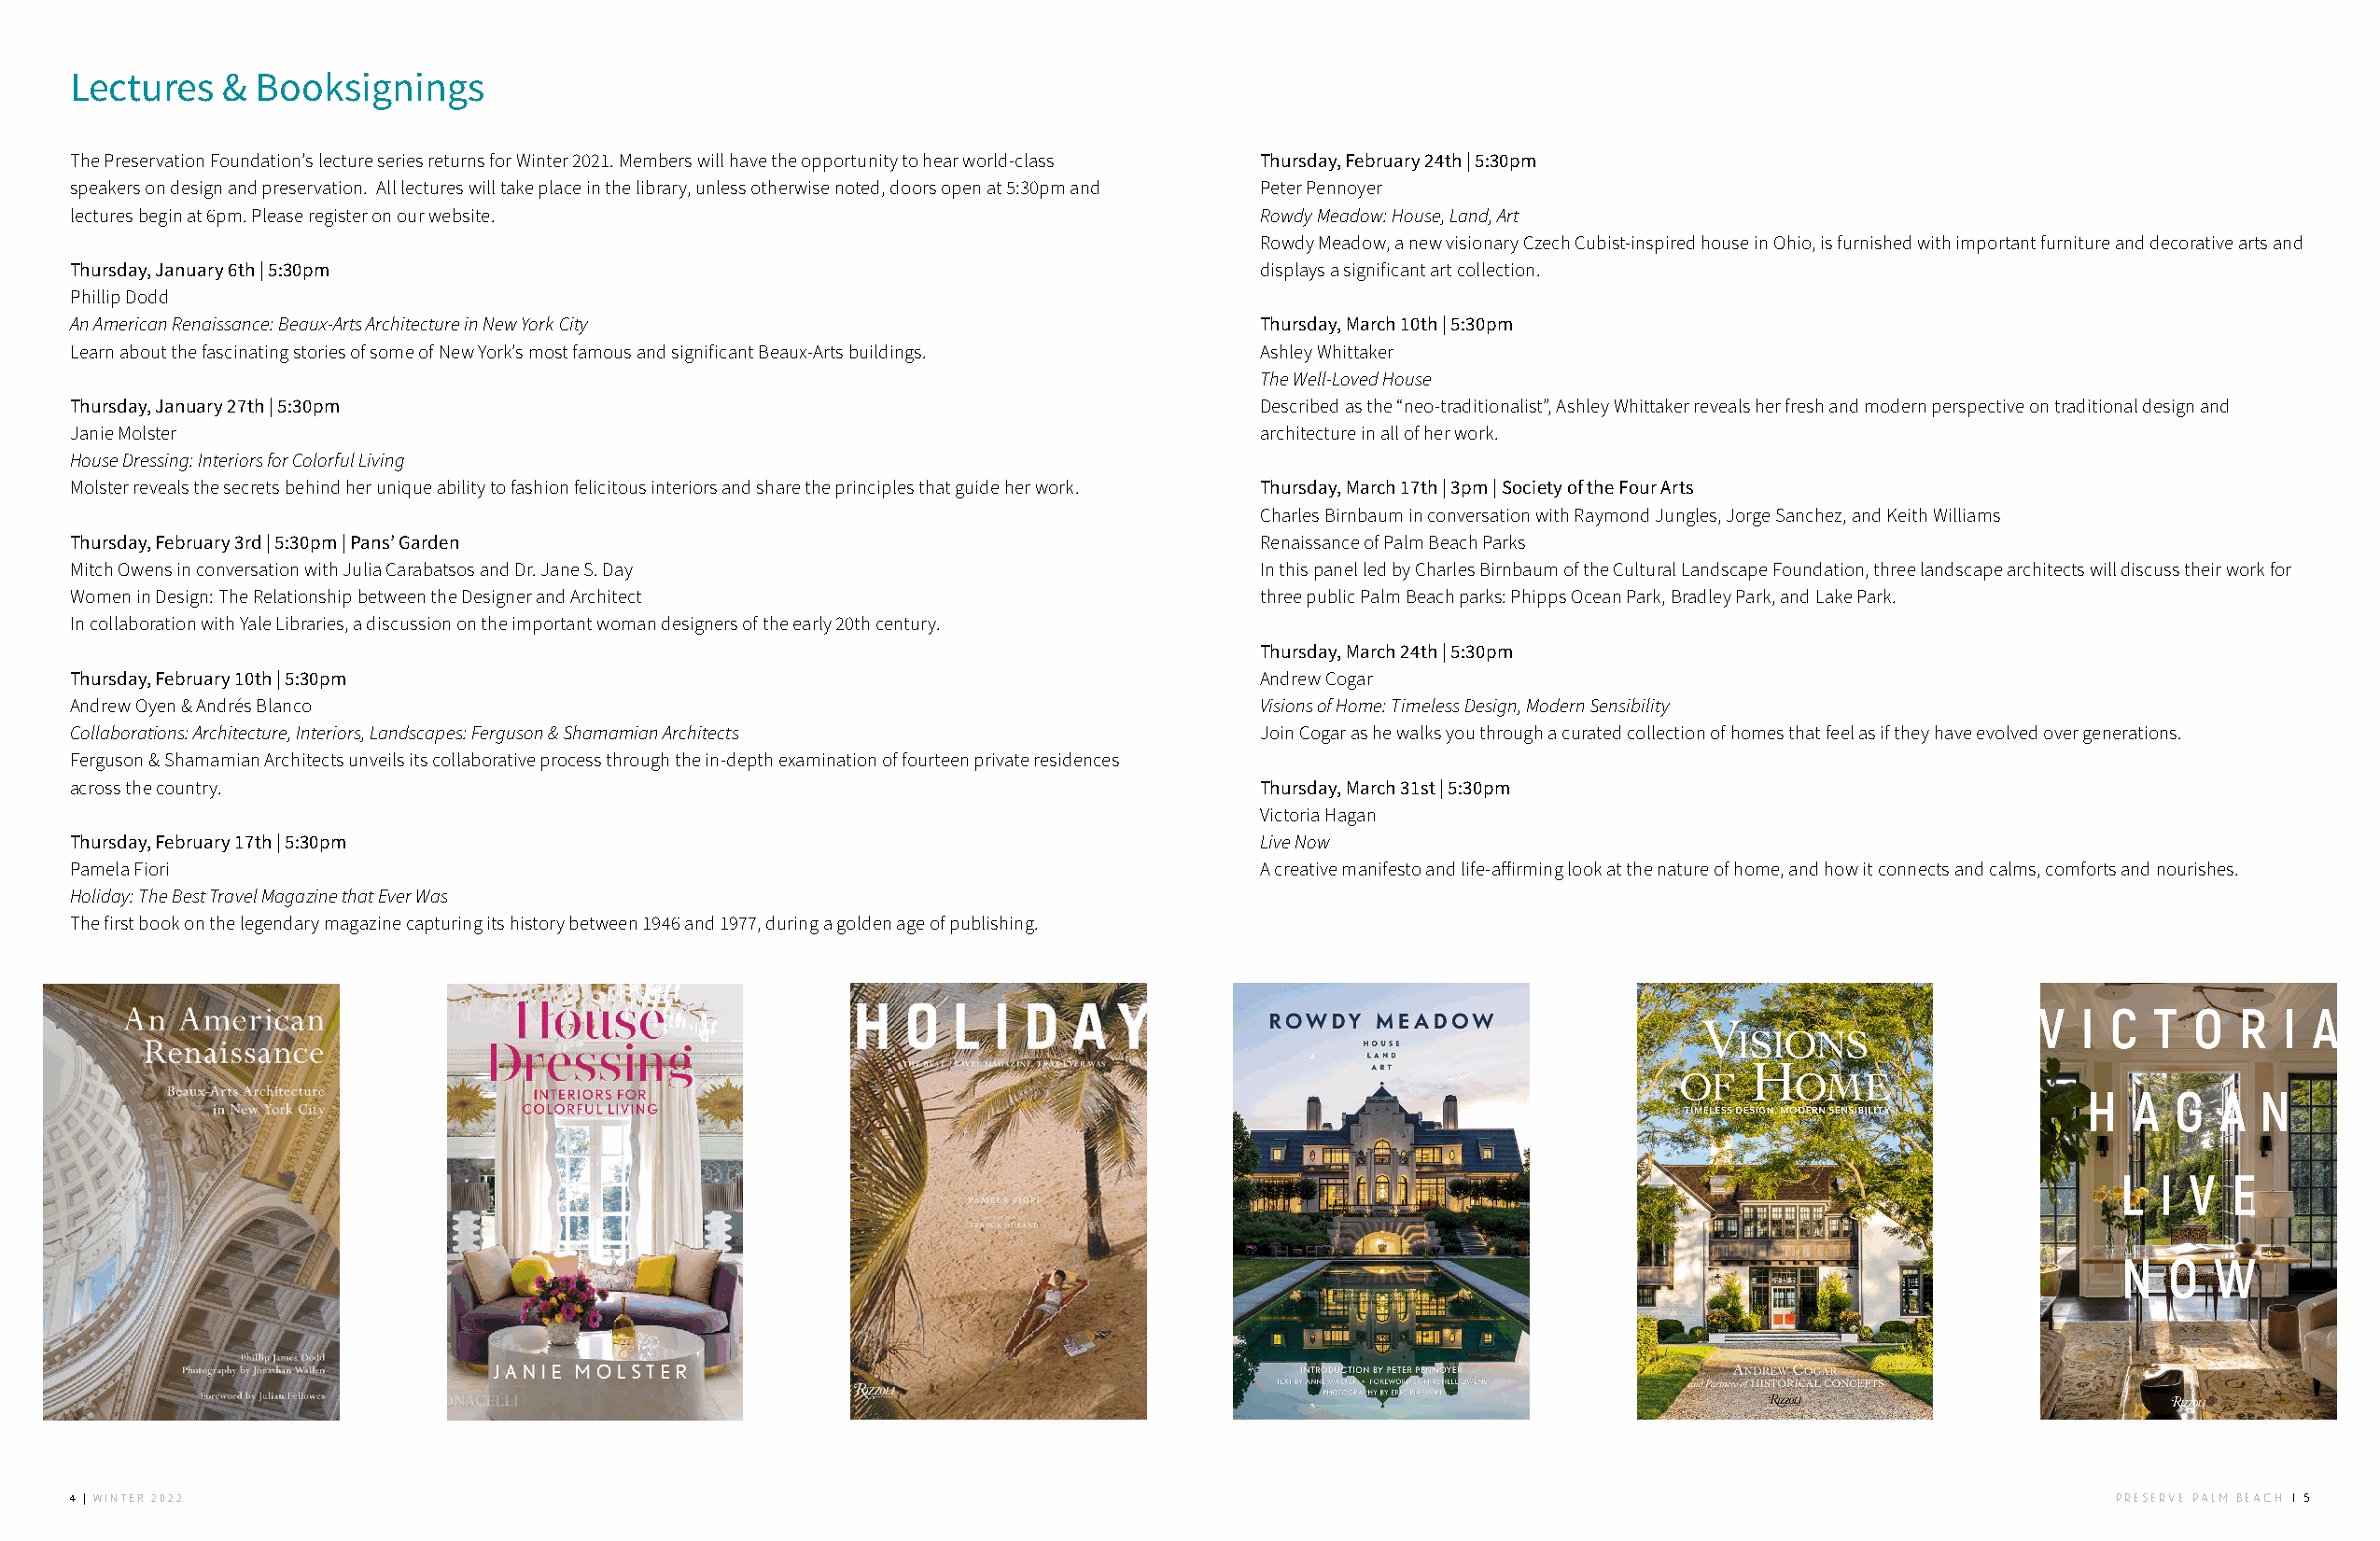
Lectures   & Booksignings
 The Preservation Foundation’s lecture series returns for Winter 2021. Members will have the opportunity to hear world-class Thursday, February 24th | 5:30pm
 speakers on design and preservation. All lectures will take place in the library, unless otherwise noted, doors open at 5:30pm and Peter Pennoyer
 lectures begin at 6pm. Please register on our website.                              Rowdy Meadow: House, Land, Art
 Rowdy Meadow, a new visionary Czech Cubist-inspired house in Ohio, is furnished with important furniture and decorative arts and
 Thursday, January 6th | 5:30pm                                                      displays a significant art collection.
 Phillip Dodd
 An American Renaissance: Beaux-Arts Architecture in New York City                   Thursday, March 10th | 5:30pm
 Learn about the fascinating stories of some of New York’s most famous and significant Beaux-Arts buildings. Ashley Whittaker
 The Well-Loved House
 Thursday, January 27th | 5:30pm                                                     Described as the “neo-traditionalist”, Ashley Whittaker reveals her fresh and modern perspective on traditional design and
 Janie Molster                                                                       architecture in all of her work.
 House Dressing: Interiors for Colorful Living
 Molster reveals the secrets behind her unique ability to fashion felicitous interiors and share the principles that guide her work. Thursday, March 17th | 3pm | Society of the Four Arts
 Charles Birnbaum in conversation with Raymond Jungles, Jorge Sanchez, and Keith Williams
 Thursday, February 3rd | 5:30pm | Pans’ Garden                                      Renaissance of Palm Beach Parks
 Mitch Owens in conversation with Julia Carabatsos and Dr. Jane S. Day               In this panel led by Charles Birnbaum of the Cultural Landscape Foundation, three landscape architects will discuss their work for
 Women in Design: The Relationship between the Designer and Architect                three public Palm Beach parks: Phipps Ocean Park, Bradley Park, and Lake Park.
 In collaboration with Yale Libraries, a discussion on the important woman designers of the early 20th century.
 Thursday, March 24th | 5:30pm
 Thursday, February 10th | 5:30pm                                                    Andrew Cogar
 Andrew Oyen & Andrés Blanco                                                         Visions of Home: Timeless Design, Modern Sensibility
 Collaborations: Architecture, Interiors, Landscapes: Ferguson & Shamamian Architects Join Cogar as he walks you through a curated collection of homes that feel as if they have evolved over generations.
 Ferguson & Shamamian Architects unveils its collaborative process through the in-depth examination of fourteen private residences
 across the country.                                                                 Thursday, March 31st | 5:30pm
 Victoria Hagan
 Thursday, February 17th | 5:30pm                                                    Live Now
 Pamela Fiori                                                                        A creative manifesto and life-affirming look at the nature of home, and how it connects and calms, comforts and nourishes.
 Holiday: The Best Travel Magazine that Ever Was
 The first book on the legendary magazine capturing its history between 1946 and 1977, during a golden age of publishing.
 4 | WINTER 2022                                                                                                                                  Preserve Palm Beach | 5